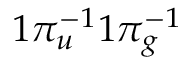
1 \pi _ { u } ^ { - 1 } 1 \pi _ { g } ^ { - 1 }